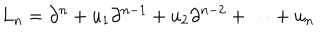
LaTeX: L _ { n } = \partial ^ { n } + u _ { 1 } \partial ^ { n - 1 } + u _ { 2 } \partial ^ { n - 2 } + \cdots + u _ { n }